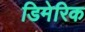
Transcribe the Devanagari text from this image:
डिमेरिक